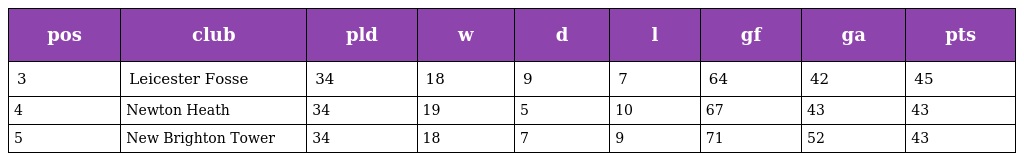
| pos | club | pld | w | d | l | gf | ga | pts |
 | --- | --- | --- | --- | --- | --- | --- | --- | --- |
 | 3 | Leicester Fosse | 34 | 18 | 9 | 7 | 64 | 42 | 45 |
 | 4 | Newton Heath | 34 | 19 | 5 | 10 | 67 | 43 | 43 |
 | 5 | New Brighton Tower | 34 | 18 | 7 | 9 | 71 | 52 | 43 |